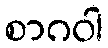
စာဂဝါ